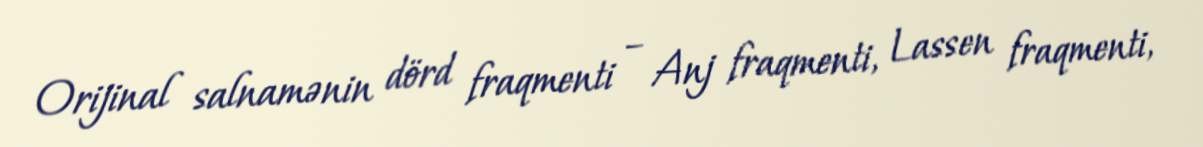
Orijinal salnamənin dörd fraqmenti – Anj fraqmenti, Lassen fraqmenti,